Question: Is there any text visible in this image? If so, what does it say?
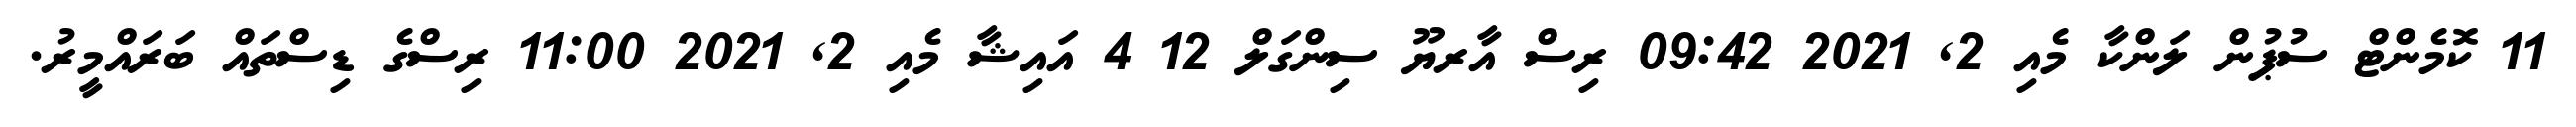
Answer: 11 ކޮމެންޓް ސުޕުން ލަންކާ މެއި 2, 2021 09:42 ރިސް އާރޔޫ ސިންގަލް 12 4 އައިޝާ މެއި 2, 2021 11:00 ރިސްގެ ޑިސްތައް ބަރައްމީރު.